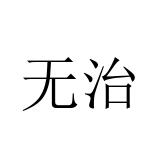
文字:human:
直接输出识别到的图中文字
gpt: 无治